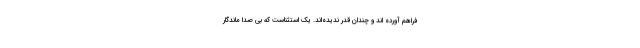
فراهم آورده اند و چندان قدر ندیده‌اند. یک استثناست که بی صدا ماندگار